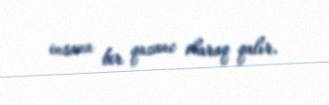
insana bir qazanc olaraq qalır.